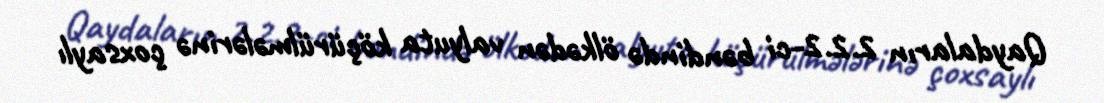
Qaydaların 2.2.2-ci bəndində ölkədən valyuta köçürülmələrinə çoxsaylı